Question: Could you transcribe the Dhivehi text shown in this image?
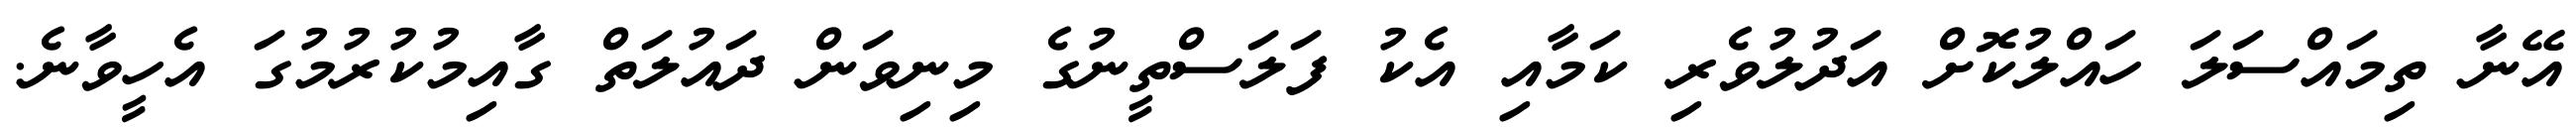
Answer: އޭނާ ތިމައްސަލަ ހައްލުކޮށް އަދުލުވެރި ކަމާއި އެކު ފަލަސްތީނުގެ މިނިވަން ދައުލަތް ގާއިމުކުރުމުގަ އެހީވާނެ.